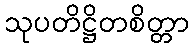
သုပတိဋ္ဌိတစိတ္တာ